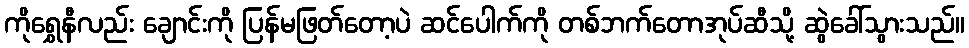
ကိုရွှေနီလည်း ချောင်းကို ပြန်မဖြတ်တော့ပဲ ဆင်ပေါက်ကို တစ်ဘက်တောအုပ်ဆီသို့ ဆွဲခေါ်သွားသည်။